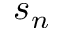
s _ { n }